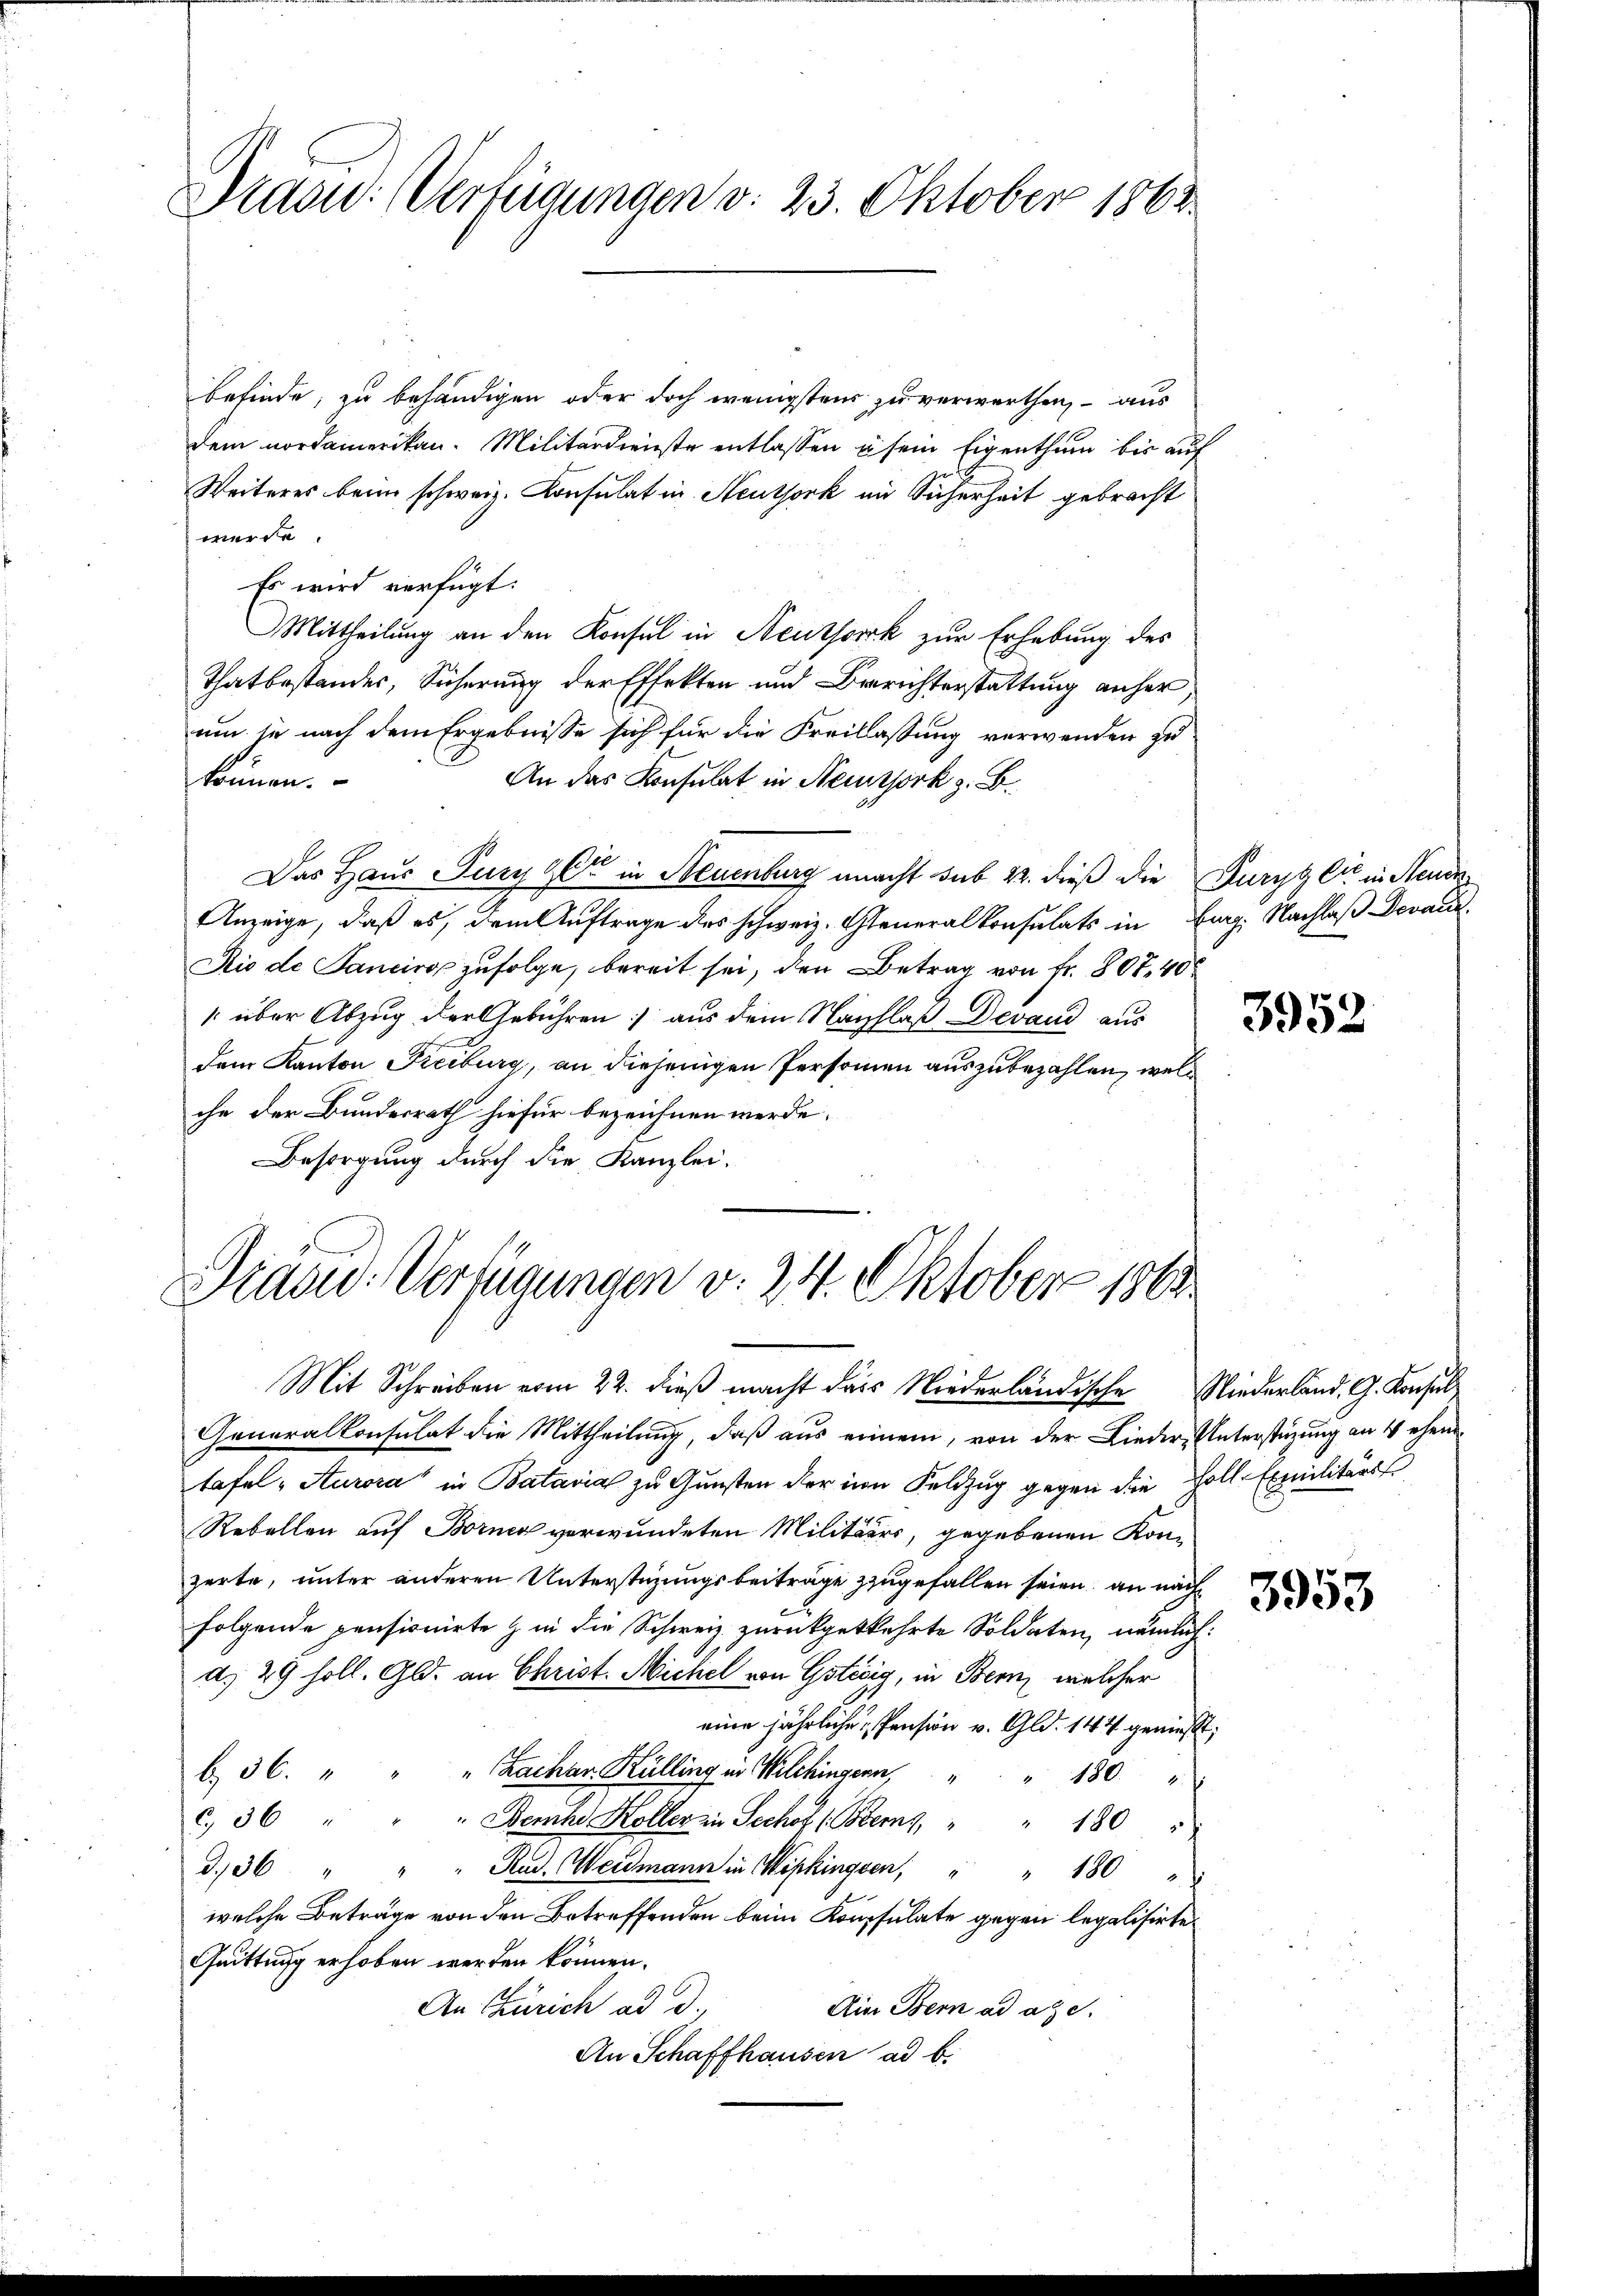
Praon: (Verfügungen d. 23. Oktober 1862

befinde, zu behändigen oder doch wenigstens zu verwerthen, – aus
dem nordamerikan. Militärdienste entlassen u sein Eigenthum bis auf
Weiteres beim schweiz. Konsulat in Heuthork im Sicherheit gebracht
werde.
Es wird verfügt:
Mittheilung an den Konsul in Neuthorck zur Erhebung des
Thatbestandes, Sicherung der Effekten und Berichterstattung anher,
um je nach dem Ergebnisse sich für die Freilassung verwenden zu
An das Konsulat in Neuork z. B.
können.
In
Das Haus Furgger in Neuenburg macht sub 22. dieß die Furgglić in Neude¬
Anzeige, daß es, dem Auftrage des schweiz. Generalkonsulats in Eng. Nachlaß Devaux
Rio de Sanciro zufolge, bereit sei, den Betrag von Fr. 807. 40
 über Abzug der Gebühren: aus dem Nachlaß Devand aus
dem Kanton Freiburg, an diejenigen Personen auszubezahlen, welc
che der Bundesrath hiefür bezeichnen werde.
Besorgung durch die Kanzlei-

Sracid: Verfügungen v. 24. Oktober 1860
Mit Schreiben vom 22. dieß macht dass Niederländische Niederland. G. Konsul¬

Generalkonsulat die Mittheilung, daß aus einem, von der Lieder Unterstüzung an 4 ehen
tafel - Aurora in Batavial zu Gunsten der in Feldzug gegen die Zoll-Exmmilitärs
Rebellen auf Borner verwundeten Militärs, gegebenen Kon-
zerte, unter anderen Unterstüzungsbeiträge zugefallen seien, an nächfolgende pensionirte & in die Schweiz zurückgekehrte Soldaten, nämlich:
a. 29 soll. Gld. an Christ. Michel von Gstiig, in Bern, welcher
eine jährliche Pension v. Gld. 144 geniesst,
b. 36. " " " Zachar. Külling in Wilchingern,
180.
c, 36
Demhe Koller in Sechof (Bems, " " 180
336 " " " Rud. Weilmann in Wipkingen, " " 180 "
welche Beträge von den Betreffenden beim Konsulate gegen legalisirte
Quittung erhoben werden können.
An Zürich ad d.
Ain Bern ad a. c.
An Schaffhausen ad b.

3952

3953